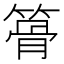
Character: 𥱪